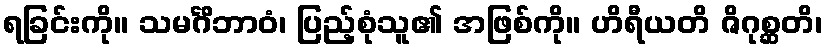
ရခြင်းကို။ သမင်္ဂိဘာဝံ၊ ပြည့်စုံသူ၏ အဖြစ်ကို။ ဟိရီယတိ ဇိဂုစ္ဆတိ၊